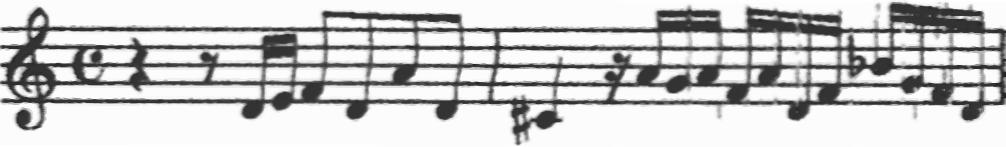
Transcription: clef-G2 timeSignature-C rest-quarter rest-eighth note-D4_sixteenth note-E4_sixteenth note-F4_eighth note-D4_eighth note-A4_eighth note-D4_eighth barline note-C#4_quarter rest-sixteenth note-A4_sixteenth note-G4_sixteenth note-A4_sixteenth note-F4_sixteenth note-A4_sixteenth note-D4_sixteenth note-F4_sixteenth note-Bb4_sixteenth note-G4_sixteenth note-F4_sixteenth note-D4_sixteenth barline